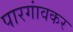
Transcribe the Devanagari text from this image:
पारगांवकर